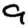
Digit: 9